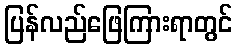
ပြန်လည်ဖြေကြားရာတွင်